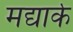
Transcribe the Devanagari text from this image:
मद्यार्क